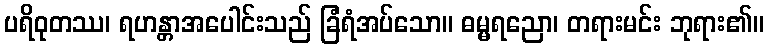
ပရိဝုတဿ၊ ရဟန္တာအပေါင်းသည် ခြံရံအပ်သော။ ဓမ္မရညော၊ တရားမင်း ဘုရား၏။